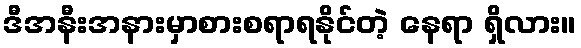
ဒီအနီးအနားမှာစားစရာရနိုင်တဲ့ နေရာ ရှိလား။